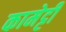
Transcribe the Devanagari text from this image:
कामेट्टी